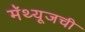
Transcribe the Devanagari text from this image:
मॅथ्यूजची